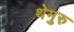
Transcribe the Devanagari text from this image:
थेमुरु